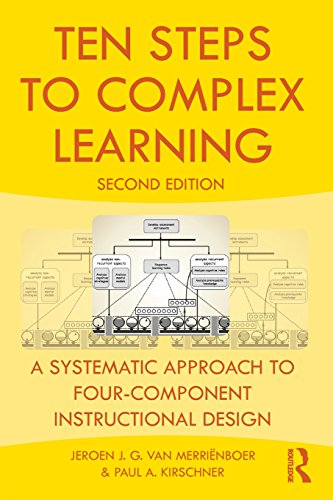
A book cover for Ten Steps to Complex Learning: A Systematic Approach to Four-Component Instructional Design; Jeroen J.G. van MerriÃ«nboer; Education & Teaching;